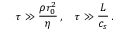
\tau \gg \frac { \rho r _ { 0 } ^ { 2 } } { \eta } \, , \quad \tau \gg \frac { L } { c _ { s } } \, .